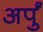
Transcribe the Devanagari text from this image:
अर्पुं